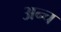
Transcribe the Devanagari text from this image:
अन्च